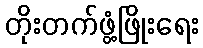
တိုးတက်ဖွံ့ဖြိုးရေး